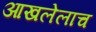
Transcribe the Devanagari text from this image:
आखलेलाच